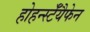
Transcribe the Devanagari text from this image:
होहर्न्स्टॅयैफेन